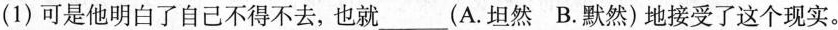
(1)可是他明白了自己不得不去，也就___(A.坦然B.默然)地接受了这个现实。